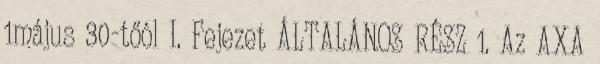
1május 30-tőól I. Fejezet ÁLTALÁNOS RÉSZ 1. Az AXA